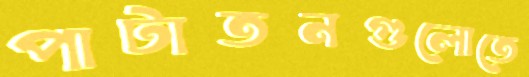
পাটাতনগুলোতে